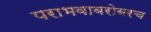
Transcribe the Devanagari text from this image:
पराभवाबरोबरच